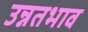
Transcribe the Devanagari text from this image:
उन्नतभाव